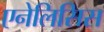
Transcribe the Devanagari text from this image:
एनेलिसिस